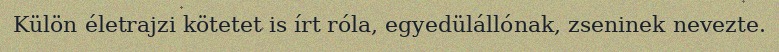
Külön életrajzi kötetet is írt róla, egyedülállónak, zseninek nevezte.